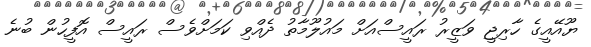
ޔޫއޭއީގެ ހާރިޖީ ވަޒީރު ރައީސްއަށް މައުލޫމާތު ދެއްވި ކަމަށްވެސް ރައީސް އޮފީހުން ބުނެ